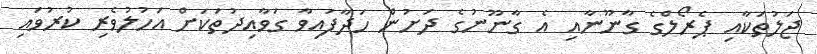
ޖަލުތަކާއި ޕެރޯލްގެ ގާނޫނާއި އެ ގާނޫނުގެ ދަށުން ހަދާފައިވާ ގަވާއިދުތަކަށް އަހުލުވެރި ކުރުވައި